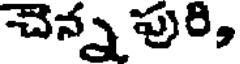
చెన్న పురి,